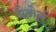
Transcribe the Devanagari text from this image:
नैजेल